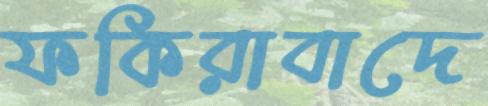
ফকিরাবাদে